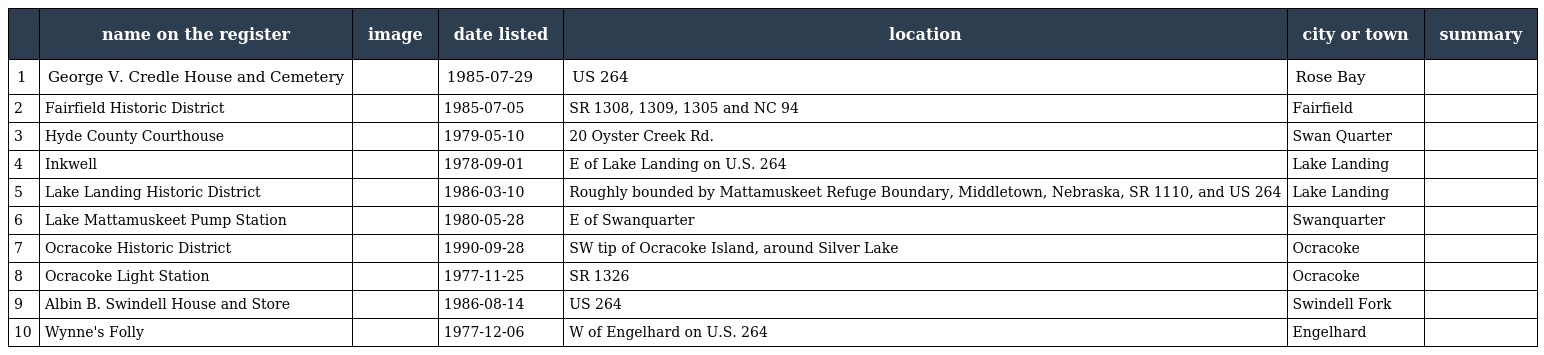
|  | name on the register | image | date listed | location | city or town | summary |
 | --- | --- | --- | --- | --- | --- | --- |
 | 1 | George V. Credle House and Cemetery |  | 1985-07-29 | US 264 | Rose Bay |  |
 | 2 | Fairfield Historic District |  | 1985-07-05 | SR 1308, 1309, 1305 and NC 94 | Fairfield |  |
 | 3 | Hyde County Courthouse |  | 1979-05-10 | 20 Oyster Creek Rd. | Swan Quarter |  |
 | 4 | Inkwell |  | 1978-09-01 | E of Lake Landing on U.S. 264 | Lake Landing |  |
 | 5 | Lake Landing Historic District |  | 1986-03-10 | Roughly bounded by Mattamuskeet Refuge Boundary, Middletown, Nebraska, SR 1110, and US 264 | Lake Landing |  |
 | 6 | Lake Mattamuskeet Pump Station |  | 1980-05-28 | E of Swanquarter | Swanquarter |  |
 | 7 | Ocracoke Historic District |  | 1990-09-28 | SW tip of Ocracoke Island, around Silver Lake | Ocracoke |  |
 | 8 | Ocracoke Light Station |  | 1977-11-25 | SR 1326 | Ocracoke |  |
 | 9 | Albin B. Swindell House and Store |  | 1986-08-14 | US 264 | Swindell Fork |  |
 | 10 | Wynne's Folly |  | 1977-12-06 | W of Engelhard on U.S. 264 | Engelhard |  |